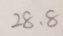
2 8 . 8